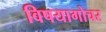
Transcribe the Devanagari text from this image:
विषयागोचर